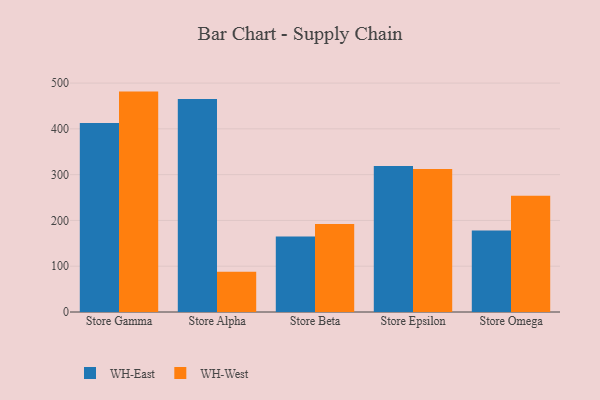
{"axis": {"x": "Store", "y": "Population (Million)"}, "legend": ["WH-East", "WH-West"], "data": [{"x": "Store Gamma", "y": 412.7, "type": "WH-East"}, {"x": "Store Gamma", "y": 481.4, "type": "WH-West"}, {"x": "Store Alpha", "y": 465.2, "type": "WH-East"}, {"x": "Store Alpha", "y": 88.1, "type": "WH-West"}, {"x": "Store Beta", "y": 164.9, "type": "WH-East"}, {"x": "Store Beta", "y": 192.1, "type": "WH-West"}, {"x": "Store Epsilon", "y": 319.1, "type": "WH-East"}, {"x": "Store Epsilon", "y": 312.2, "type": "WH-West"}, {"x": "Store Omega", "y": 177.8, "type": "WH-East"}, {"x": "Store Omega", "y": 253.9, "type": "WH-West"}]}